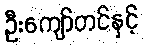
ဦးကျော်တင်နှင့်